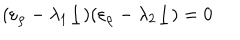
( \varepsilon _ { \rho } - \lambda _ { 1 } \underline { { { 1 } } } ) ( \varepsilon _ { \rho } - \lambda _ { 2 } \underline { { { 1 } } } ) = 0